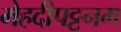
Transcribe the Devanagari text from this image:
मेहदीपट्टनम